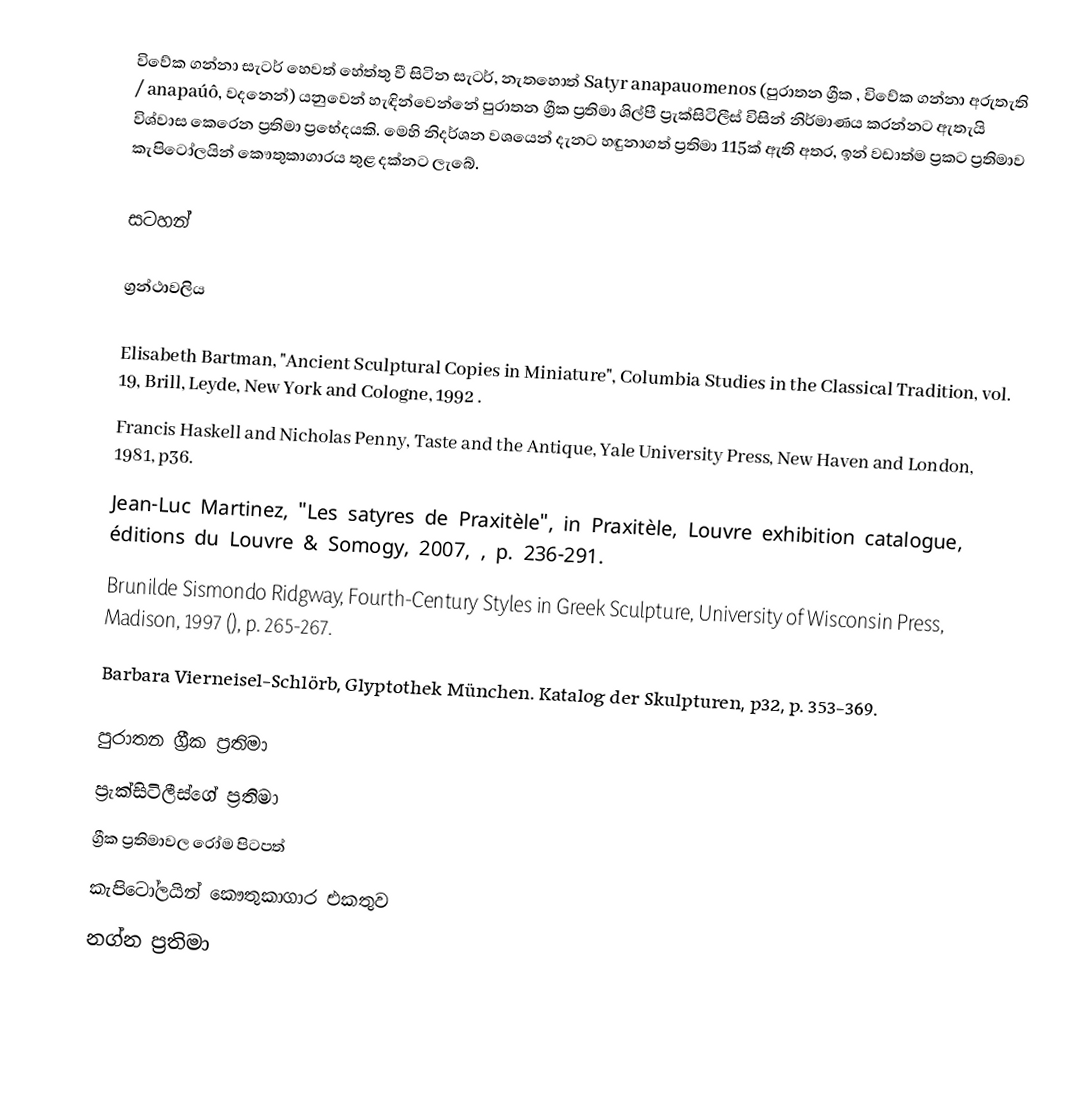
විවේක ගන්නා සැටර් හෙවත් හේත්තු වී සිටින සැටර්, නැතහොත් Satyr anapauomenos (පුරාතන ග්‍රීක , විවේක ගන්නා අරුතැති  / anapaúô, වදනෙන්) ‍යනුවෙන් හැඳින්වෙන්නේ පුරාතන ග්‍රීක ප්‍රතිමා ශිල්පී ප්‍රැක්සිටිලීස් විසින් නිර්මාණය කරන්නට ඇතැයි විශ්වාස කෙරෙන ප්‍රතිමා ප්‍රභේදයකි. මෙහි නිදර්ශන වශයෙන් දැනට හඳුනාගත් ප්‍රතිමා 115ක් ඇති අතර, ඉන් වඩාත්ම ප්‍රකට ප්‍රතිමාව කැපිටෝලයින් කෞතුකාගාරය තුළ දක්නට ලැබේ.

සටහන්

ග්‍රන්ථාවලිය

 Elisabeth Bartman, "Ancient Sculptural Copies in Miniature", Columbia Studies in the Classical Tradition, vol. 19, Brill, Leyde, New York and Cologne, 1992 .
 Francis Haskell and Nicholas Penny, Taste and the Antique, Yale University Press, New Haven and London, 1981, p36.
  Jean-Luc Martinez, "Les satyres de Praxitèle", in Praxitèle, Louvre exhibition catalogue, éditions du Louvre & Somogy, 2007, , p. 236-291.
 Brunilde Sismondo Ridgway, Fourth-Century Styles in Greek Sculpture, University of Wisconsin Press, Madison, 1997 (), p. 265-267.
  Barbara Vierneisel-Schlörb, Glyptothek München. Katalog der Skulpturen, p32, p. 353-369.

පුරාතන ග්‍රීක ප්‍රතිමා
ප්‍රැක්සිටිලීස්ගේ ප්‍රතිමා
ග්‍රීක ප්‍රතිමාවල රෝම පිටපත්
කැපිටෝලයින් කෞතුකාගාර එකතුව
නග්න ප්‍රතිමා